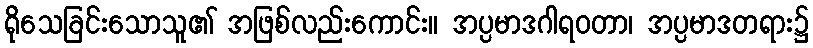
ရိုသေခြင်းသောသူ၏ အဖြစ်လည်းကောင်း။ အပ္ပမာဒဂါရဝတာ၊ အပ္ပမာဒတရား၌